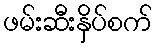
ဖမ်းဆီးနှိပ်စက်